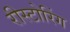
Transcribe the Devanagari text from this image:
रीस्टोरिंग